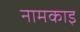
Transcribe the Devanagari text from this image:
नामकाइ